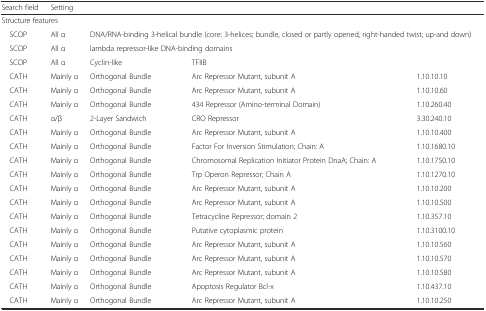
<table><thead><tr><td><b>Search field</b></td><td colspan="4"><b>Setting</b></td></tr></thead><tbody><tr><td colspan="5">Structure features</td></tr><tr><td> SCOP</td><td>All α</td><td colspan="3">DNA/RNA-binding 3-helical bundle (core: 3-helices; bundle, closed or partly opened, right-handed twist; up-and down)</td></tr><tr><td> SCOP</td><td>All α</td><td colspan="3">lambda repressor-like DNA-binding domains</td></tr><tr><td> SCOP</td><td>All α</td><td>Cyclin-like</td><td colspan="2">TFIIB</td></tr><tr><td> CATH</td><td>Mainly α</td><td>Orthogonal Bundle</td><td>Arc Repressor Mutant, subunit A</td><td>1.10.10.10</td></tr><tr><td> CATH</td><td>Mainly α</td><td>Orthogonal Bundle</td><td>Arc Repressor Mutant, subunit A</td><td>1.10.10.60</td></tr><tr><td> CATH</td><td>Mainly α</td><td>Orthogonal Bundle</td><td>434 Repressor (Amino-terminal Domain)</td><td>1.10.260.40</td></tr><tr><td> CATH</td><td>α/β</td><td>2-Layer Sandwich</td><td>CRO Repressor</td><td>3.30.240.10</td></tr><tr><td> CATH</td><td>Mainly α</td><td>Orthogonal Bundle</td><td>Arc Repressor Mutant, subunit A</td><td>1.10.10.400</td></tr><tr><td> CATH</td><td>Mainly α</td><td>Orthogonal Bundle</td><td>Factor For Inversion Stimulation; Chain: A</td><td>1.10.1680.10</td></tr><tr><td> CATH</td><td>Mainly α</td><td>Orthogonal Bundle</td><td>Chromosomal Replication Initiator Protein DnaA; Chain: A</td><td>1.10.1750.10</td></tr><tr><td> CATH</td><td>Mainly α</td><td>Orthogonal Bundle</td><td>Trp Operon Repressor; Chain A</td><td>1.10.1270.10</td></tr><tr><td> CATH</td><td>Mainly α</td><td>Orthogonal Bundle</td><td>Arc Repressor Mutant, subunit A</td><td>1.10.10.200</td></tr><tr><td> CATH</td><td>Mainly α</td><td>Orthogonal Bundle</td><td>Arc Repressor Mutant, subunit A</td><td>1.10.10.500</td></tr><tr><td> CATH</td><td>Mainly α</td><td>Orthogonal Bundle</td><td>Tetracycline Repressor; domain 2</td><td>1.10.357.10</td></tr><tr><td> CATH</td><td>Mainly α</td><td>Orthogonal Bundle</td><td>Putative cytoplasmic protein</td><td>1.10.3100.10</td></tr><tr><td> CATH</td><td>Mainly α</td><td>Orthogonal Bundle</td><td>Arc Repressor Mutant, subunit A</td><td>1.10.10.560</td></tr><tr><td> CATH</td><td>Mainly α</td><td>Orthogonal Bundle</td><td>Arc Repressor Mutant, subunit A</td><td>1.10.10.570</td></tr><tr><td> CATH</td><td>Mainly α</td><td>Orthogonal Bundle</td><td>Arc Repressor Mutant, subunit A</td><td>1.10.10.580</td></tr><tr><td> CATH</td><td>Mainly α</td><td>Orthogonal Bundle</td><td>Apoptosis Regulator Bcl-x</td><td>1.10.437.10</td></tr><tr><td> CATH</td><td>Mainly α</td><td>Orthogonal Bundle</td><td>Arc Repressor Mutant, subunit A</td><td>1.10.10.250</td></tr></tbody></table>